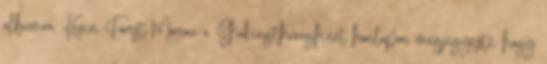
albumra. Kevin Forest Moreau a Shakingthrough.net honlapon megjegyezte, hogy